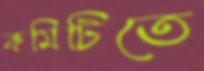
কমিটিতে